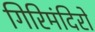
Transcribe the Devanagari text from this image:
गिरिमंदिरों